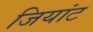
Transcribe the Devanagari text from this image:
जियांट